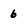
Character: 6